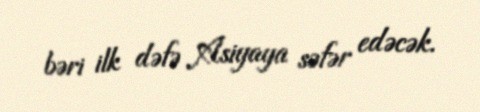
bəri ilk dəfə Asiyaya səfər edəcək.